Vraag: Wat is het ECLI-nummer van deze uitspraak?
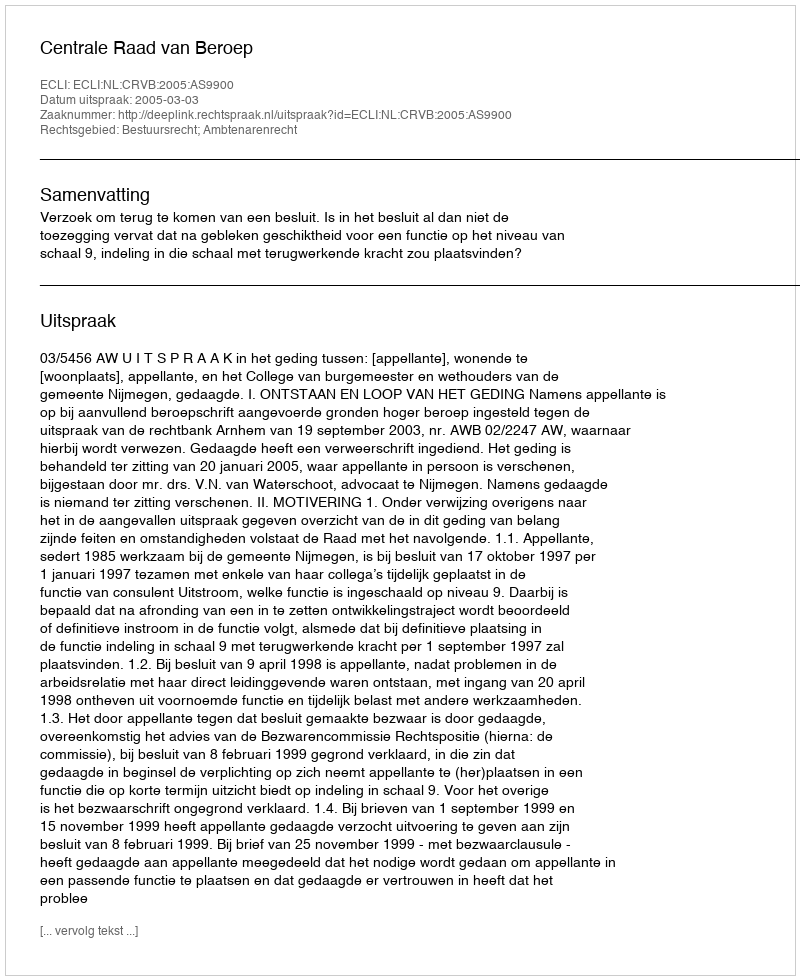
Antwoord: ECLI:NL:CRVB:2005:AS9900